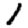
Digit: 1